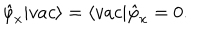
LaTeX: \hat { \varphi } _ { x } | v a c \rangle = \langle v a c | \hat { \varphi } _ { x } = 0 .